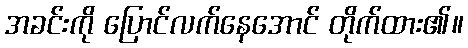
အခင်းကို ပြောင်လက်နေအောင် တိုက်ထား၏။